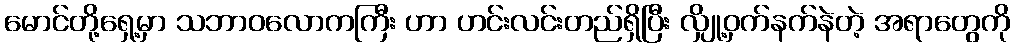
မောင်တို့ရှေ့မှာ သဘာဝလောကကြီး ဟာ ဟင်းလင်းတည်ရှိပြီး လျှို့ဝှက်နက်နဲတဲ့ အရာတွေကို